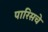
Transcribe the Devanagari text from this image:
पारिसचे